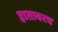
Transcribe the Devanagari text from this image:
हातावरच